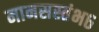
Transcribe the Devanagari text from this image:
मानसस्तंभ६